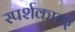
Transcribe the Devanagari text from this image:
स्पर्शकातर